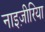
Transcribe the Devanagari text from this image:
नाइज़ीरिया